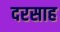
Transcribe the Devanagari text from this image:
दरसाह